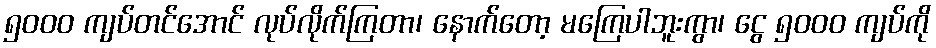
၅၀၀၀ ကျပ်တင်အောင် လုပ်လိုက်ကြတာ၊ နောက်တော့ မကြေပါဘူးကွာ၊ ငွေ ၅၀၀၀ ကျပ်ကို